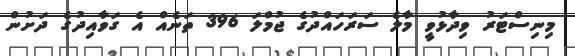
މިނިސްޓަރު ވިދާޅުވީ މާލެ ސަރަހައްދުގެ ޖުމްލަ 396 ތަނެއް އެ ގަވާއިދުގެ ދަށުން